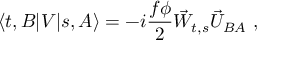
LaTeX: \langle t , B | V | s , A \rangle = - i \frac { f \phi } { 2 } \vec { W } _ { t , s } \vec { U } _ { B A } ~ ,